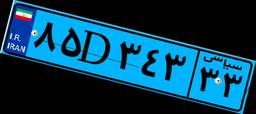
۶۳D۰۸۹۶۱